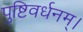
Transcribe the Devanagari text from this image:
पुष्टिवर्धनम्।